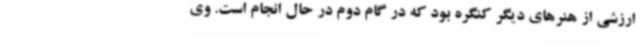
ارزشی از هنرهای دیگر کنگره بود که در گام دوم در حال انجام است. وی